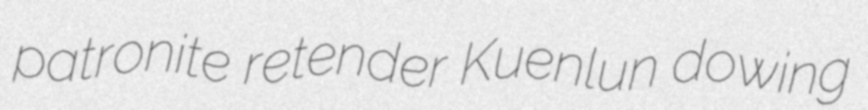
patronite retender Kuenlun dowing